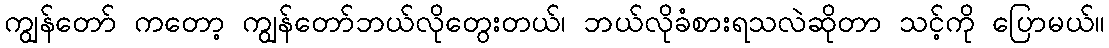
ကျွန်တော် ကတော့ ကျွန်တော်ဘယ်လိုတွေးတယ်၊ ဘယ်လိုခံစားရသလဲဆိုတာ သင့်ကို ပြောမယ်။